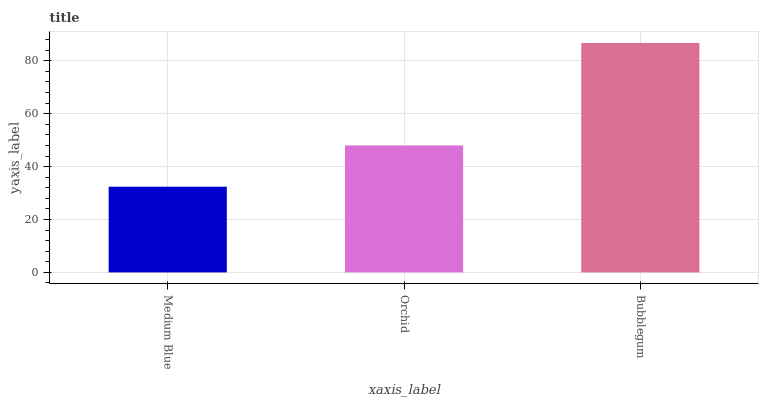
| xaxis_label | bars |
 | --- | --- |
 | Medium Blue | 32.4 |
 | Orchid | 48 |
 | Bubblegum | 86.7 |